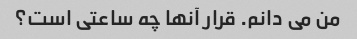
من می دانم. قرار آنها چه ساعتی است؟